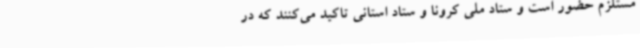
مستلزم حضور است و ستاد ملی کرونا و ستاد استانی تاکید می‌کنند که در